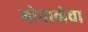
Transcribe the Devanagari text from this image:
गोनाव्हेचा